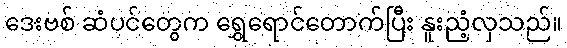
ဒေးဗစ် ဆံပင်တွေက ရွှေရောင်တောက်ပြီး နူးညံ့လှသည်။